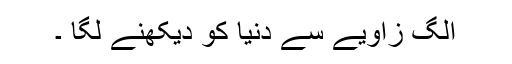
الگ زاویے سے دنیا کو دیکھنے لگا ۔